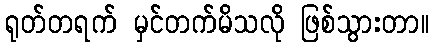
ရုတ်တရက် မှင်တက်မိသလို ဖြစ်သွားတာ။